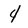
Character: 4